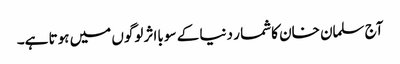
آج سلمان خان کاشما ر دنیا کے سو بااثر لوگوں میں ہوتا ہے۔